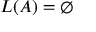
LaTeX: L ( A ) = \emptyset